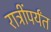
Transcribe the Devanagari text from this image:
रात्रींपर्यंत